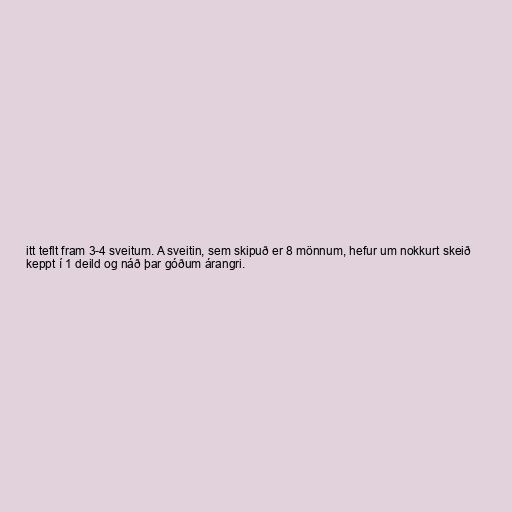
itt teflt fram 3-4 sveitum. A sveitin, sem skipuð er 8 mönnum, hefur um nokkurt skeið
keppt í 1 deild og náð þar góðum árangri.